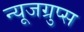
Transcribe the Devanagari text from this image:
न्यूजग्रुप्स